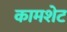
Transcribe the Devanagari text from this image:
कामशेट